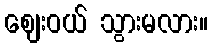
ဈေးဝယ် သွားမလား။